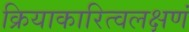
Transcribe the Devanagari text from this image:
क्रियाकारित्वलक्षणं